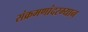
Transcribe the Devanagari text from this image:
संक्रमणांदरम्यान